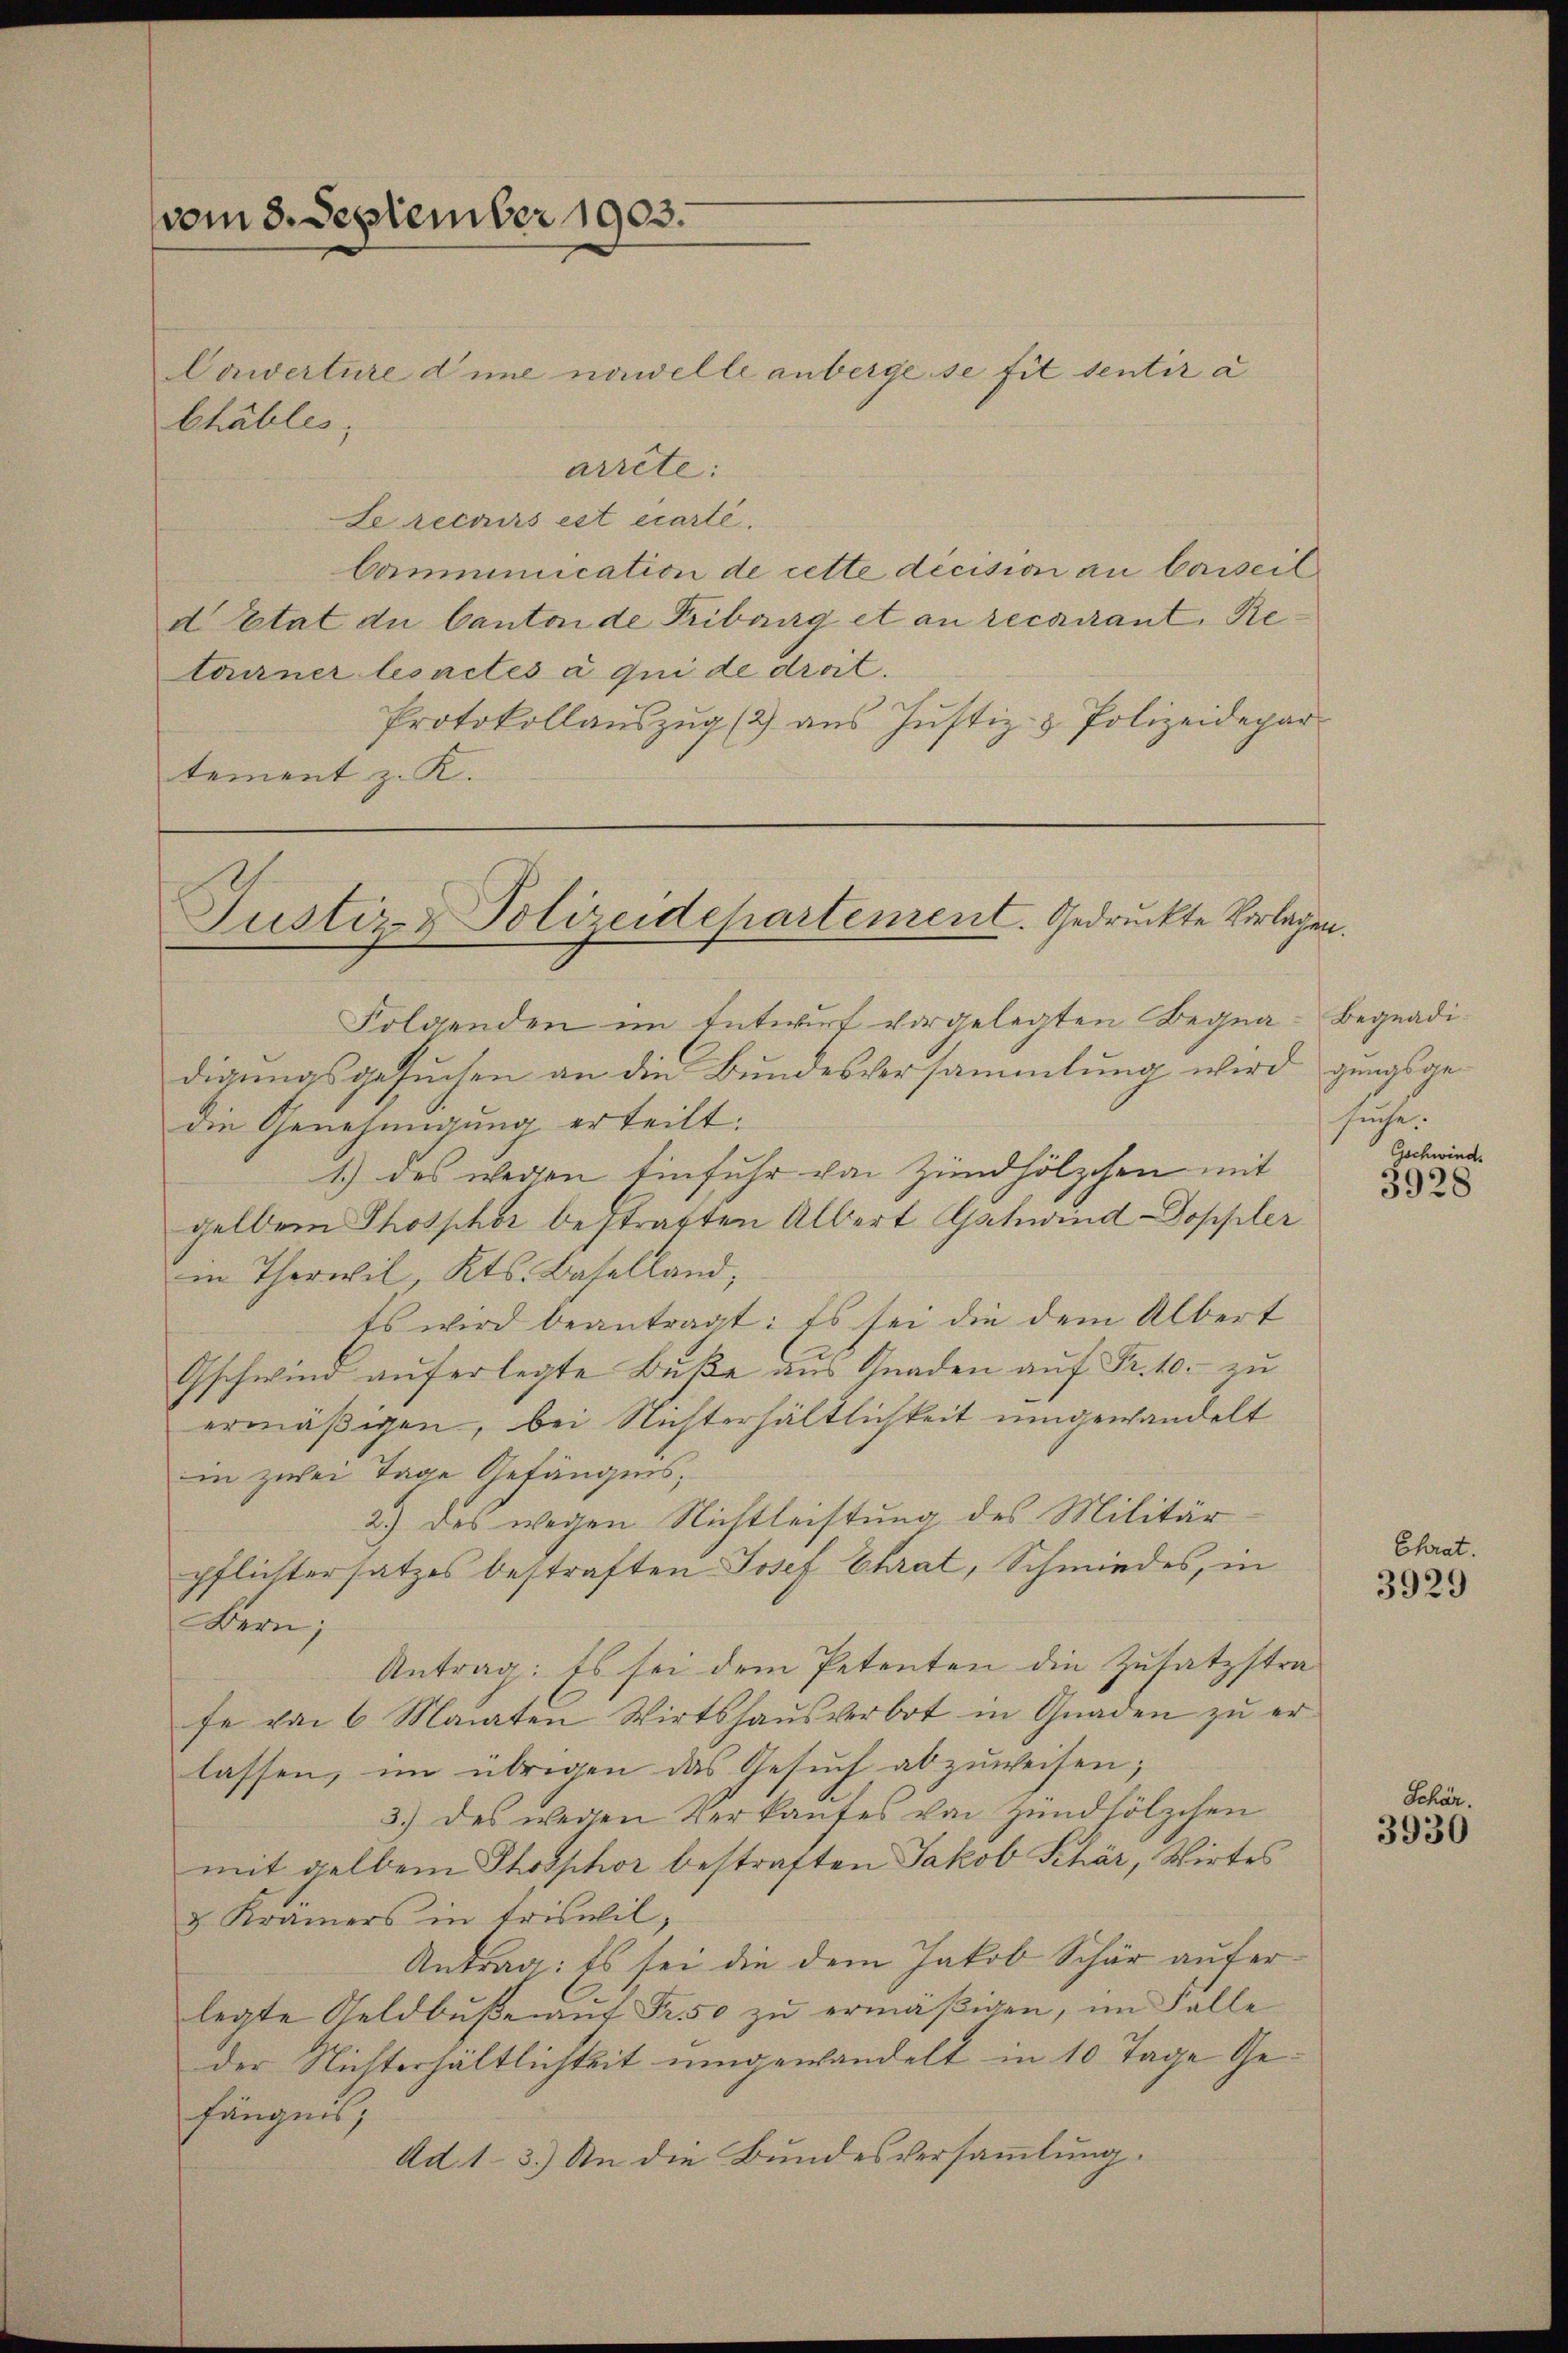
vom 3. September 1903.

Cawerture die nawelle anberge se fit sentir a
arrete:
Le recours est écarte.
Communication de cette décision an beseit
e Etat du Canton de Tribung et an recurant, Retourner lesactes à qui de droit.
Protokollauszug (2) aus Justiz- & Polizeidepar
tement z. K.

Chables,

Folgenden im Entwurf vorgelegten Begnadigungsgesuchen an die Bundesversammlung wird gungsgedie Genehmigung erteilt.
1.) des wegen Einfuhr von Zündhölzchen mit
gelben Phosphor bestraften Albert Gschwind-Doppler
in Therwil, Kts. Baselland,
Es wird beantragt: Es sei die dem Albert
Gschwind auferlegte Buße aus Gnaden auf Fr. 10. zu
ermäßigen, bei Nichterhältlichkeit umgewandelt
in zwei Tage Gefängnis,
2.) des wegen Nichtleistung des Militär
pflichtersatzes bestraften Josef Chrat, Schmiedes, in
Dern;
Antrag: Es sei dem Petenten die Zusatzstrafe von 6 Monaten Wirtshaŭs verbot in Gnaden zŭ er-
lassen, im übrigen das Gesuch abzuweisen;
3.) des wegen Verkaufes von Zündhölzchen
mit gelben Phosphor bestraften Jakob Schär, Wirtes
&. Kramers in Triswil,
Antrag: Es sei die dem Jakob Schär auferlegte Geldbŭβe aŭf Fr. 50 zŭ ermäβigen, im Falle
der Nichterhältlichkeit umgewandelt in 10 Tage Gefängnis,
Ad 1-3.) An die Bundesversammlung.

Justiz- & Polizeidepartement. Gedruckte Vorlagen.

Begnadisuche.
Gschwinde

3928

Chrat.
3929

Schär.
3930